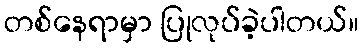
တစ်နေရာမှာ ပြုလုပ်ခဲ့ပါတယ်။